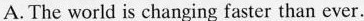
A.The world is changing faster than ever.